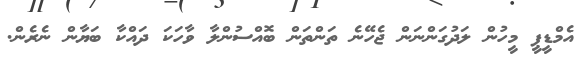
އެމްޑީޕީ މީހުން ލަދުގަންނަން ޖެހޭނެ ތަންތަން ބޮއްސުންލާ ވާހަކަ ދައްކާ ބަޔާން ނެރެން.